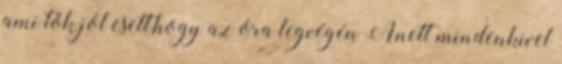
ami tök jól esett,hogy az óra legvégén Anett mindenkivel